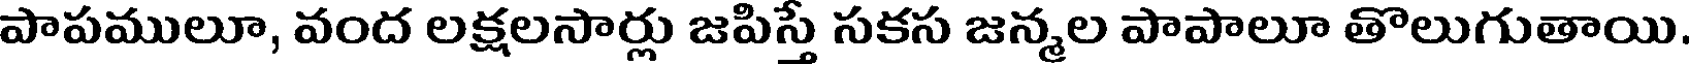
పాపములూ, వంద లక్షలసార్లు జపిస్తే సకస జన్మల పాపాలూ తొలుగుతాయి